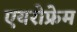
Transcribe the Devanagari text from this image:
एयरोफ्रेम